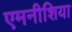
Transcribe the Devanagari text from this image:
एमनीशिया